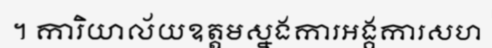
។ ការិយាល័យឧត្តមស្នងការអង្គការសហ